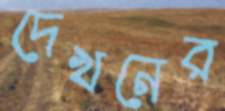
দেখনের